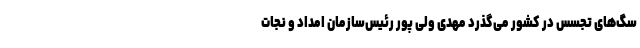
سگ‌های تجسس در کشور می‌گذرد مهدی ولی پور رئیس‌سازمان امداد و نجات